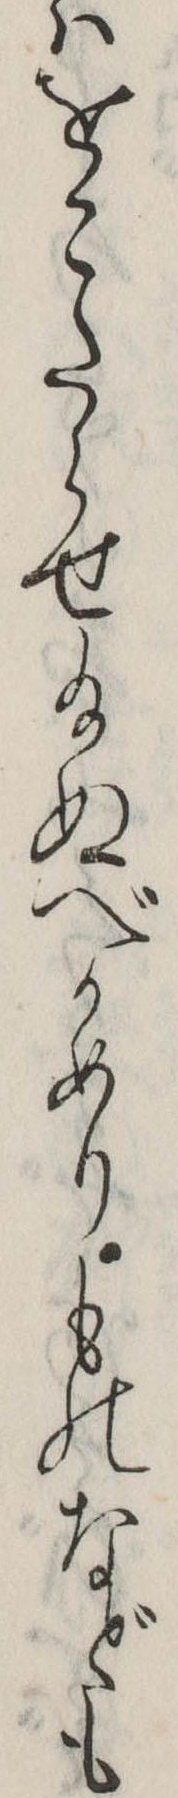
はをこたらせ給ぬべかめりものなども